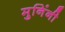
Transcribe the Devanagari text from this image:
मुनिंनी